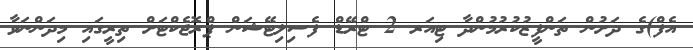
އެފް)ގެ ދަށުން ތަންފީޒުކުރުމުންދާ ޓިއަރ 2 ޓްރޭޑް ފެސިލިޓޭޝަން ޕްރޮޖެކްޓަށް ތިރީގައި މިދަންނަވާ